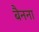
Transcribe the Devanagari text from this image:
बैनना